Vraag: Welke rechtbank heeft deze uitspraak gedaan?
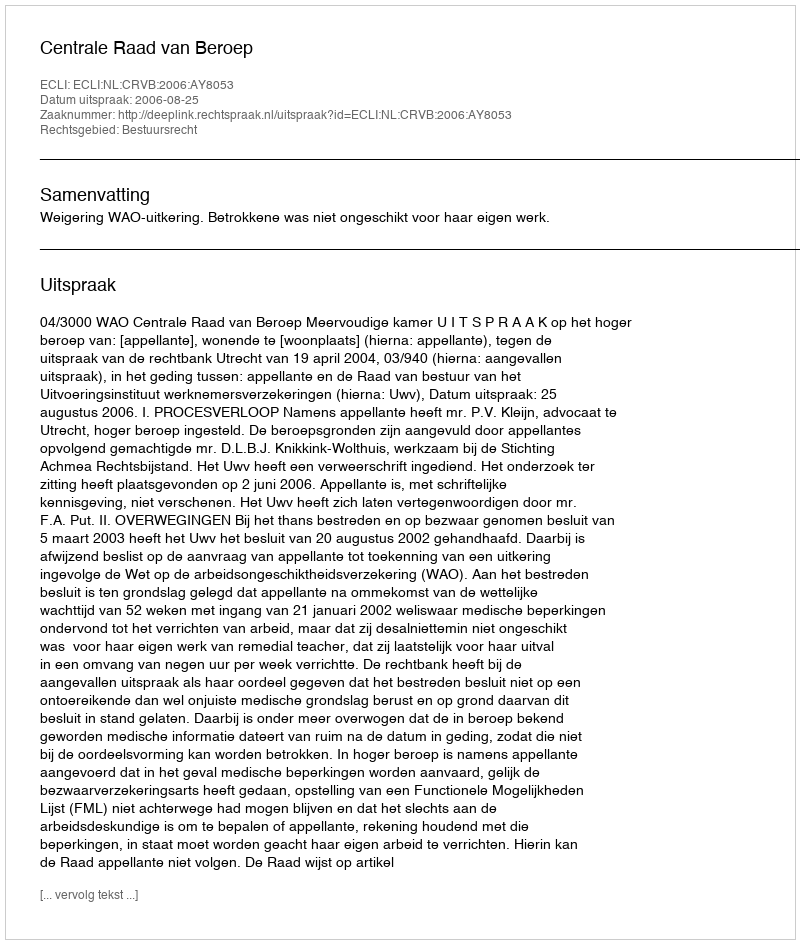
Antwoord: Centrale Raad van Beroep